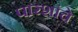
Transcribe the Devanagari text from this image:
पारशांचे